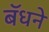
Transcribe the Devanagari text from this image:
बॅधने